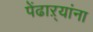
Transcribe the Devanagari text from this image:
पेंढाऱ्यांना